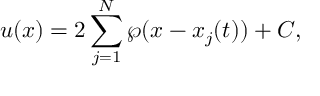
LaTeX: u ( x ) = 2 \sum _ { j = 1 } ^ { N } \wp ( x - x _ { j } ( t ) ) + C ,